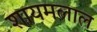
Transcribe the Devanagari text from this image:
शायमलाल